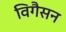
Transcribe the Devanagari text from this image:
विगैसन